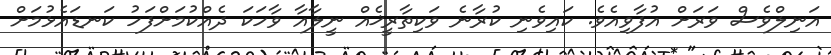
އަނިލްވެސް ވަރަށް އުފާވިއެވެ. ކައިވެނި ކުރާނެ ވަކިތާރީޚެއް ނީލާއާ ވާހަކަ ދެއްކުމަށްފަހު ކަނޑައެޅުމަށް